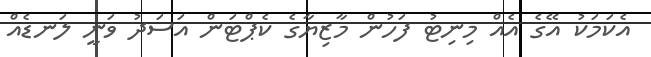
އެކަމަކު އޭގެ އެއް މިނިޓު ފަހުން މާޒިޔާގެ ކެޕްޓަން އަސަދު ވަނީ ލަނޑެއް